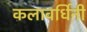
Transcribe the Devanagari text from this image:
कलावर्धिनी